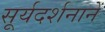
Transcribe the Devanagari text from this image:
सूर्यदर्शनानें